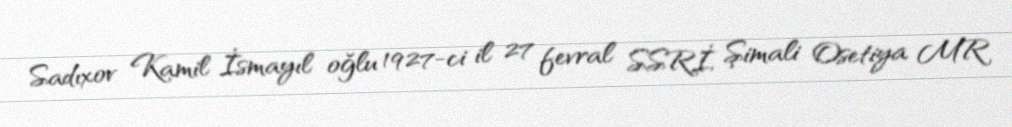
Sadıxov Kamil İsmayıl oğlu 1927-ci il 27 fevral SSRİ, Şimali Osetiya MR